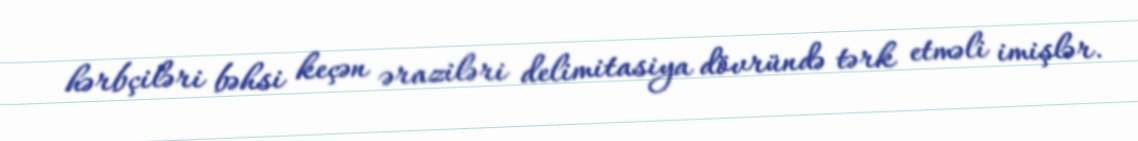
hərbçiləri bəhsi keçən əraziləri delimitasiya dövründə tərk etməli imişlər.